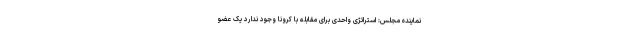
نماینده مجلس: استراتژی واحدی برای مقابله با کرونا وجود ندارد یک عضو